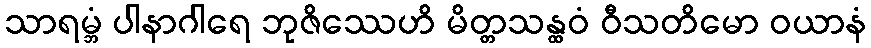
သာရမ္ဘံ ပါနာဂါရေ ဘုဇိဿေဟိ မိတ္တသန္ထဝံ ဝီသတိမော ဝယာနံ